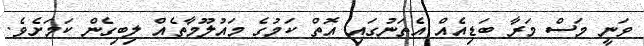
ވަނީ މަސް މަރާ ބަޑިއެއް އެތަނުގައި އޮތް ކަމުގެ މައުލޫމާތެއް ލިބިގެން ކަމަށެވެ.